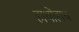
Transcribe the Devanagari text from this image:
हाथोंहाथ